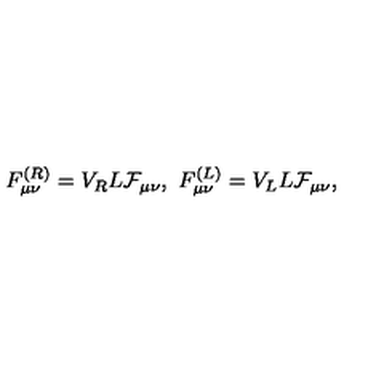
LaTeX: F _ { \mu \nu } ^ { ( R ) } = V _ { R } L { \cal F } _ { \mu \nu } , \ F _ { \mu \nu } ^ { ( L ) } = V _ { L } L { \cal F } _ { \mu \nu } ,